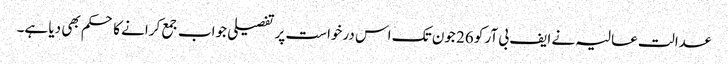
عدالت عالیہ نے ایف بی آر کو 26 جون تک اس درخواست پر تفصیلی جواب جمع کرانے کا حکم بھی دیا ہے۔